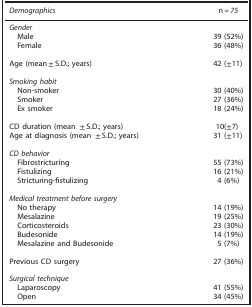
| Demographics | n=75 |
 | --- | --- |
 | <COLSPAN=2> Gender |
 | Male | 39 (52%) |
 | Female | 36 (48%) |
 | Age (mean±S.D.; years) | 42 (±11) |
 | <COLSPAN=2> Smoking habit |
 | Non-smoker | 30 (40%) |
 | Smoker | 27 (36%) |
 | Ex smoker | 18 (24%) |
 | CD duration (mean ±S.D.; years) | 10(±7) |
 | Age at diagnosis (mean ±S.D.; years) | 31 (±11) |
 | <COLSPAN=2> CD behavior |
 | Fibrostricturing | 55 (73%) |
 | Fistulizing | 16 (21%) |
 | Stricturing-fistulizing | 4 (6%) |
 | <COLSPAN=2> Medical treatment before surgery |
 | No therapy | 14 (19%) |
 | Mesalazine | 19 (25%) |
 | Corticosteroids | 23 (30%) |
 | Budesonide | 14 (19%) |
 | Mesalazine and Budesonide | 5 (7%) |
 | Previous CD surgery | 27 (36%) |
 | <COLSPAN=2> Surgical technique |
 | Laparoscopy | 41 (55%) |
 | Open | 34 (45%) |